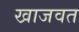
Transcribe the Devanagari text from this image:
खाजवत